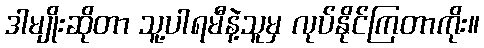
ဒါမျိုးဆိုတာ သူ့ပါရမီနဲ့သူမှ လုပ်နိုင်ကြတာကိုး။